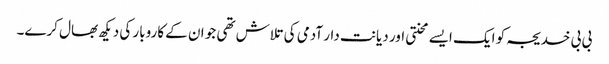
بی بی خدیجہ کو ایک ایسے محنتی اور دیانت دار آدمی کی تلاش تھی جو ان کے کاروبار کی دیکھ بھال کرے۔